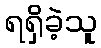
ရရှိခဲ့သူ